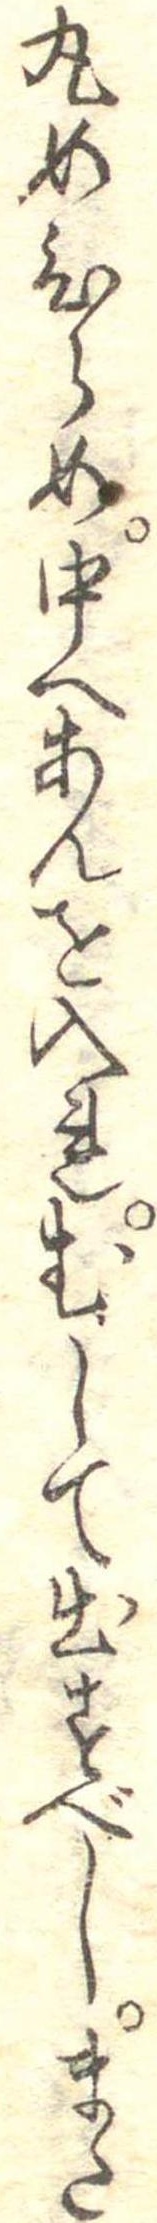
丸めひらめ中へあんを入れむして出すべしまた